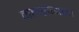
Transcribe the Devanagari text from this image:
महारोगाच्या